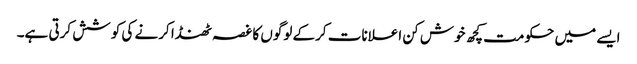
ایسے میں حکومت کچھ خوش کن اعلانات کرکے لوگوں کا غصہ ٹھنڈا کرنے کی کوشش کرتی ہے۔